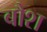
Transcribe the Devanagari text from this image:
बौश